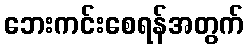
ဘေးကင်းစေရန်အတွက်